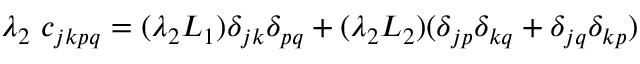
\lambda _ { 2 } ~ c _ { j k p q } = ( \lambda _ { 2 } L _ { 1 } ) \delta _ { j k } \delta _ { p q } + ( \lambda _ { 2 } L _ { 2 } ) ( \delta _ { j p } \delta _ { k q } + \delta _ { j q } \delta _ { k p } )